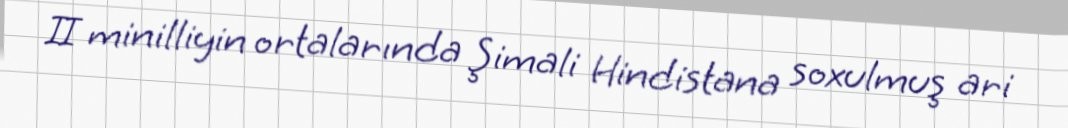
II minilliyin ortalarında Şimali Hindistana soxulmuş ari